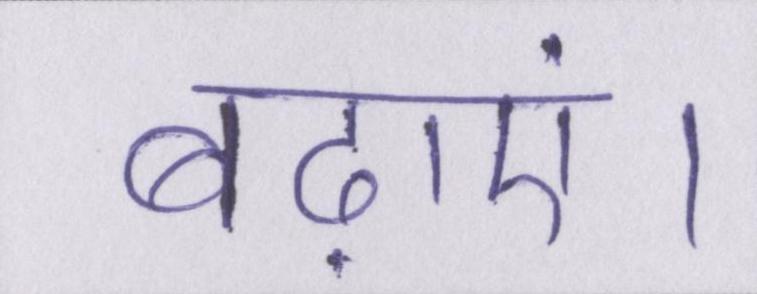
बढ़ाएं।